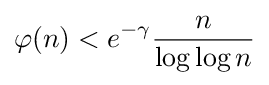
\varphi (n)<e^{-\gamma }{\frac {n}{\log \log n}}